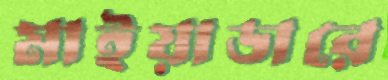
মাইয়াডারে